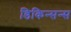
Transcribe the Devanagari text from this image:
डिकिन्सन्स